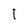
Character: 1